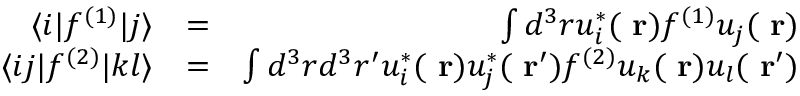
\begin{array} { r l r } { \langle i | f ^ { ( 1 ) } | j \rangle } & { = } & { \int d ^ { 3 } r u _ { i } ^ { * } ( \mathrm { \bf ~ r } ) f ^ { ( 1 ) } u _ { j } ( \mathrm { \bf ~ r } ) } \\ { \langle i j | f ^ { ( 2 ) } | k l \rangle } & { = } & { \int d ^ { 3 } r d ^ { 3 } r ^ { \prime } u _ { i } ^ { * } ( \mathrm { \bf ~ r } ) u _ { j } ^ { * } ( \mathrm { \bf ~ r } ^ { \prime } ) f ^ { ( 2 ) } u _ { k } ( \mathrm { \bf ~ r } ) u _ { l } ( \mathrm { \bf ~ r } ^ { \prime } ) } \end{array}